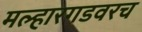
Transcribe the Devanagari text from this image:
मल्हारगडवरच